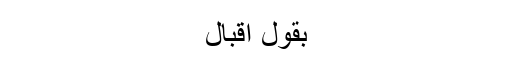
بقول اقبال